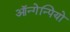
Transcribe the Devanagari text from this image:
ऑन्गेन्पियो